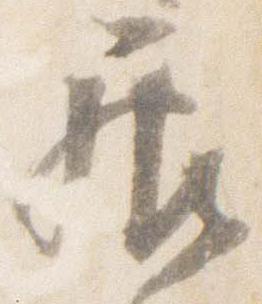
居